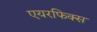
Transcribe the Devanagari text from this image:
एयरफिक्स